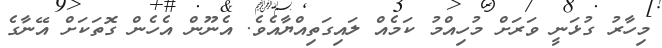
މިހާރު ގުޅަނީ ވަރަށް މުހިއްމު ކަމެއް ލައިގަތިއްޔާއެވެ. އެނޫން އެހެން ގޮތަކަށް އޭނާގެ